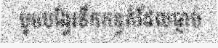
បូមបង្វែរទឹកកខ្វក់ដែលធ្លាប់